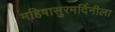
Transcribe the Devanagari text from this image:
महिषासुरमर्दिनीला